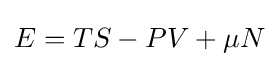
E=TS-PV+\mu N